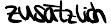
zusätzlich